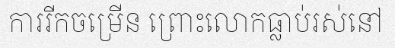
ការរីកចម្រើន ព្រោះលោកធ្លាប់រស់នៅ